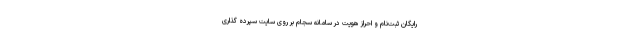
رایگان ثبت‌نام و احراز هویت در سامانه سجام بر روی سایت سپرده گذاری